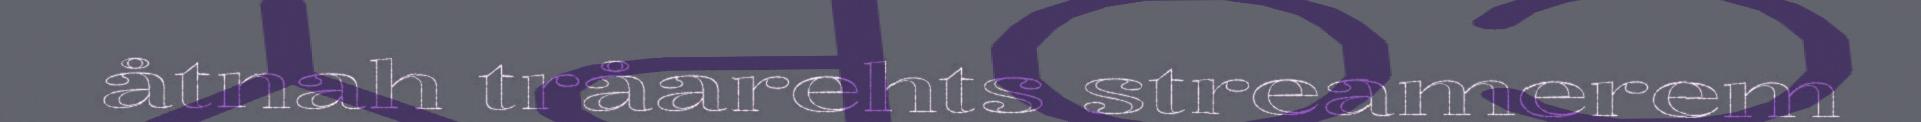
åtnah tråarehts streamerem